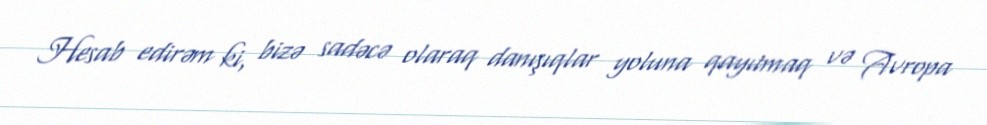
Hesab edirəm ki, bizə sadəcə olaraq danışıqlar yoluna qayıtmaq və Avropa